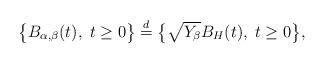
LaTeX: \begin{align*}\big\{ B_{\alpha,\beta}(t),\;t\geq0\big\}\overset{d}{=}\big\{\sqrt{Y_{\beta}}B_{H}(t),\;t\geq0\big\},\end{align*}